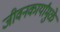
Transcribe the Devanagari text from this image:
जीवनकार्यांमुळे